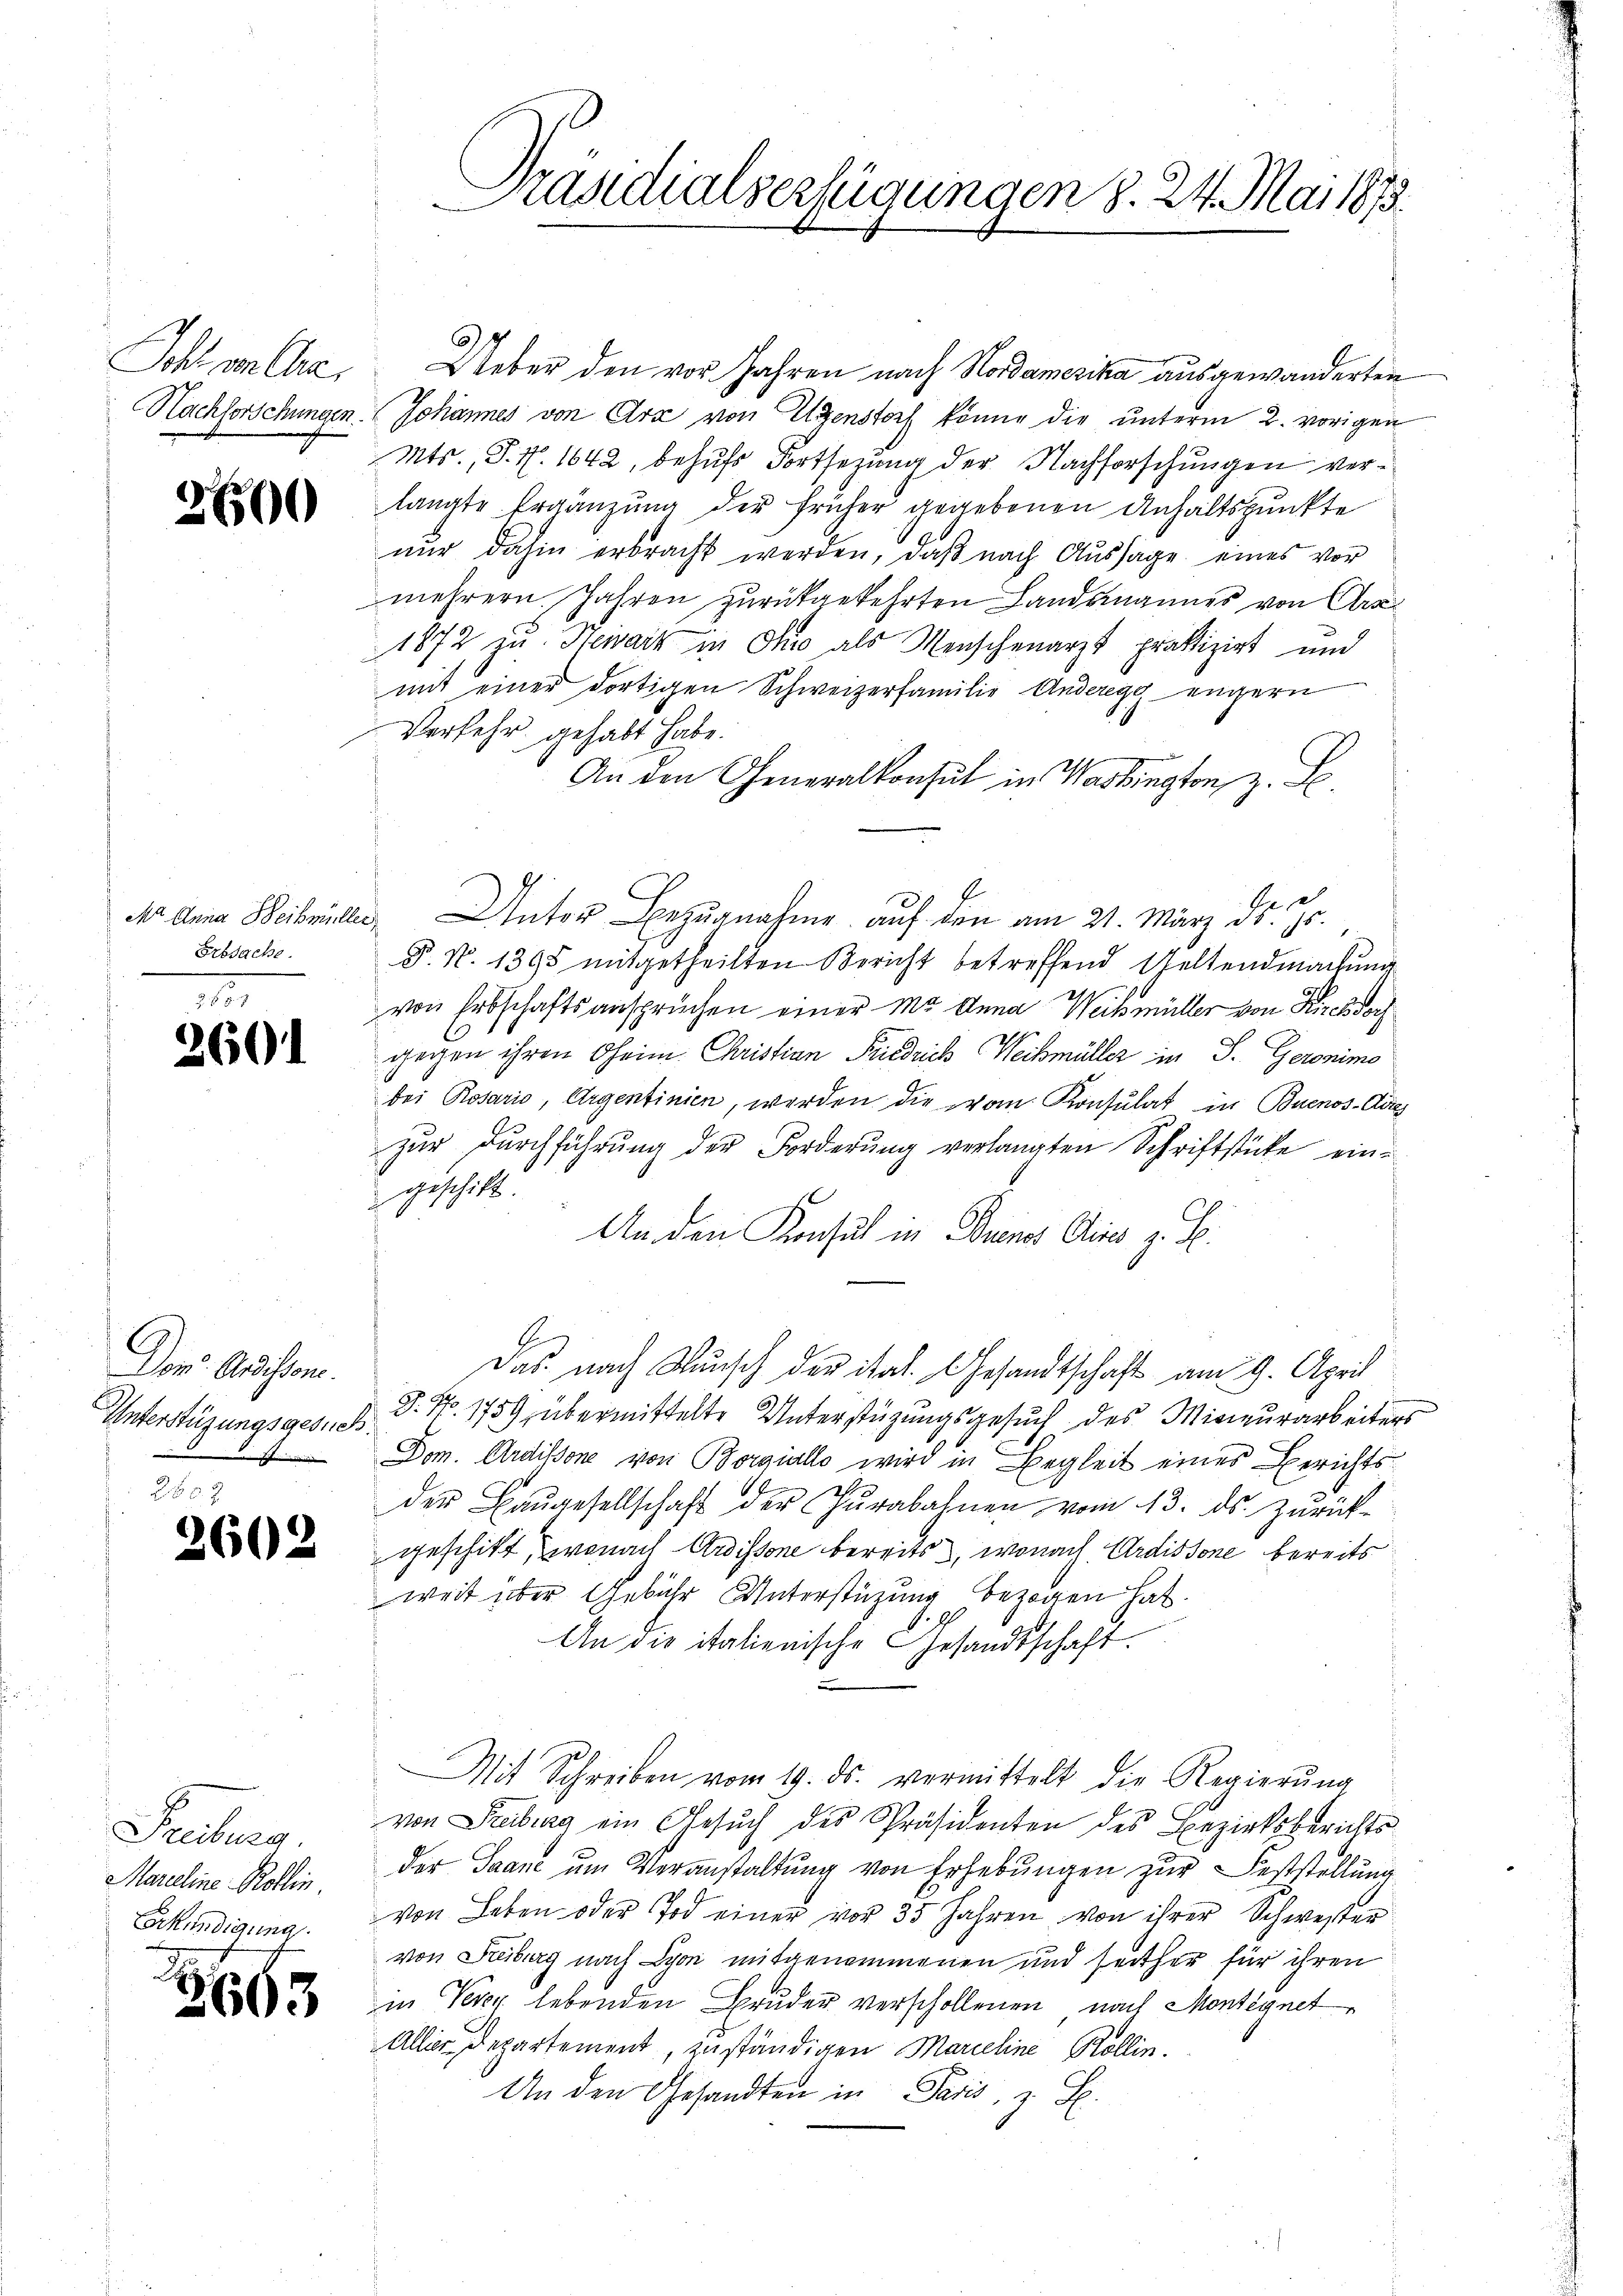
Sohl an Cre

2600

Ma Anna Weib mülle
Erbsache.

2601

Der Audissen.
Unterstüzungsgesuc

2602

Freiburg.
Marieline Rollin.
Verkündigung

266)

3

Präsidialverfügungen 8. 24. Mai 1873.

Ueber den vor Jahren nach Nordamerika ausgewanderten
Nachforschungen. Johannes von Arx von Eigenstoch könne die unterm 2. vorigen
Mts., P. N. 1642, behufs Fortsezung der Nachforschungen verlangte Ergänzung der früher gegebenen Anhaltspunkte
nŭr dahin erbracht werden, daβ nach Aussage eines vor
mehrern. Jahren zurückgekehrten Landammannes von Arz
1872 zu Heimark in die als Menschenarzt praktizirt und
mit einer dortigen Schweizerfamilie Anderegg engern
Verkehr gehabt habe.
An den Generalkonsul in Washington, z. B.
te
 Unter Bezŭgnahme auf den am 21. März d. Js.
P. N. 1395 mitgetheilten Bericht betreffend Geltendmachung
von Erbschaftsansprüchen einer ma Anna Weibsmüller von Kirchdoch
gegen ihren Oheim Christian Friedrich Weihmüller in S. Geronimo
bei Rosario, Argentinien, werden die vom Konsulat in Buenos-Ausg
zur Durchführung der Forderung verlangten Schriftstücke eingeschickt.
An den Konsul in Brenes Gries z. B.
Das nach Wunsch der ital. Gesandtschaft am 9. April
P. Nr. 1759, übermittelte Unterstüzungsgesuch des Mineurarbeiters
8.
Dom. Ardissone von Borgiallo wird in Begleit eines Berichts¬
21
der Baŭgesellschaft der Zŭrabahnen vom 13. ds. Zŭrück-
geschikt, wonach Ardissone bereits, wonach Ardissone bereits
weit über Gebühr Unterstüzung bezogen hat.
An die italienische Gesandtschaft.
.
Mit Schreiben vom 19. ds. vermittelt die Regierŭng
von Freiburg ein Gesŭch des Präsidenten des Bezirksberichts-
Der Saane um Veranstaltung von Erhebungen zur Feststellung
von Leben oder Tod einer vor 35 Jahren von ihrer Schwester
von Feiburg nach Lyon mitgenommenen und seither für ihren
in Very lebenden Bruder verschollenen nach Montegnet
Aller Departement, zuständigen Marieline Rollin.
An den Gesandten in Paris, z. B.